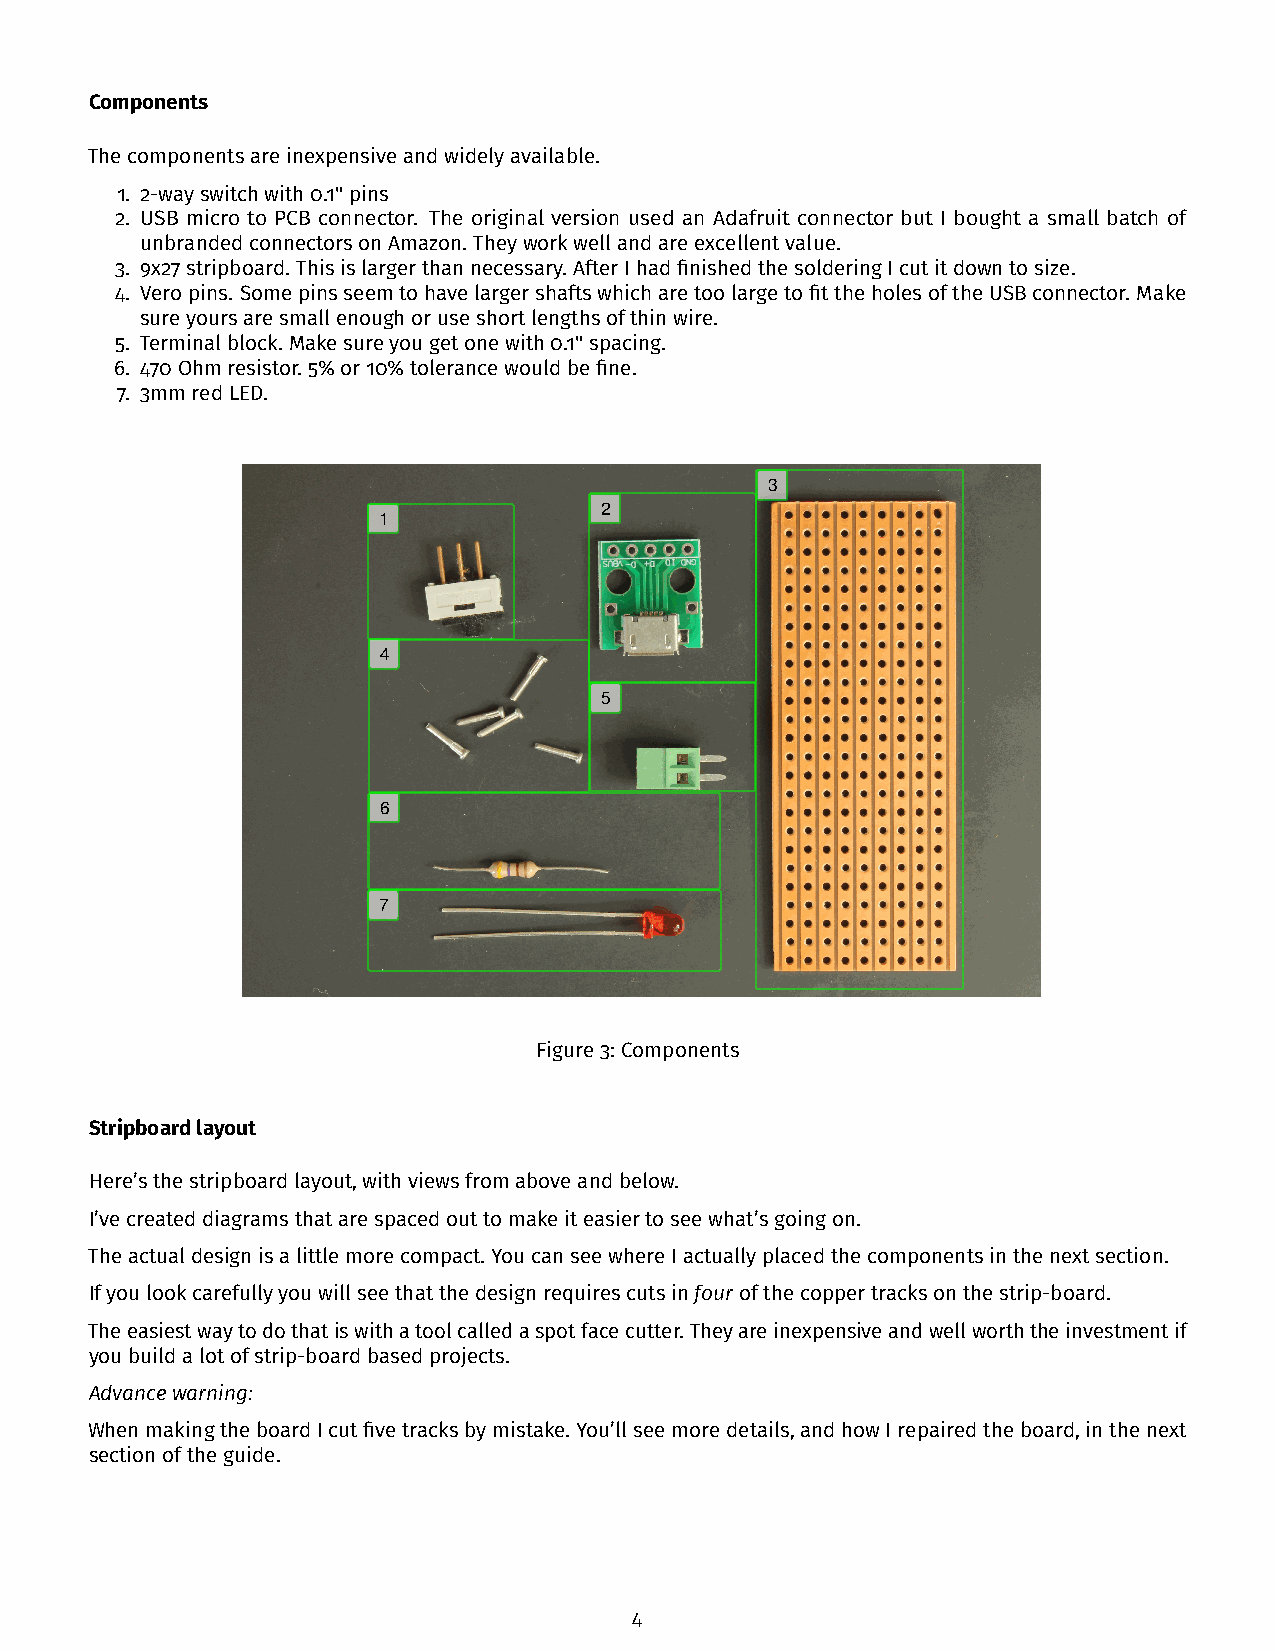
Components
 Thecomponentsareinexpensiveandwidelyavailable.
 1. 2-wayswitchwith0.1"pins
 2. USB micro to PCB connector. The original version used an Adafruit connector but I bought a small batch of
 unbrandedconnectorsonAmazon. Theyworkwellandareexcellentvalue.
 3. 9x27stripboard. Thisislargerthannecessary. AfterIhadfinishedthesolderingIcutitdowntosize.
 4. Veropins. SomepinsseemtohavelargershaftswhicharetoolargetofittheholesoftheUSBconnector. Make
 sureyoursaresmallenoughoruseshortlengthsofthinwire.
 5. Terminalblock. Makesureyougetonewith0.1"spacing.
 6. 470Ohmresistor. 5%or10%tolerancewouldbefine.
 7. 3mmredLED.
 3
 2
 1
 4
 5
 6
 7
 Figure3: Components
 Stripboardlayout
 Here’sthestripboardlayout,withviewsfromaboveandbelow.
 I’vecreateddiagramsthatarespacedouttomakeiteasiertoseewhat’sgoingon.
 Theactualdesignisalittlemorecompact. YoucanseewhereIactuallyplacedthecomponentsinthenextsection.
 Ifyoulookcarefullyyouwillseethatthedesignrequirescutsinfourofthecoppertracksonthestrip-board.
 Theeasiestwaytodothatiswithatoolcalledaspotfacecutter. Theyareinexpensiveandwellworththeinvestmentif
 youbuildalotofstrip-boardbasedprojects.
 Advancewarning:
 WhenmakingtheboardIcutfivetracksbymistake. You’llseemoredetails,andhowIrepairedtheboard,inthenext
 sectionoftheguide.
 4